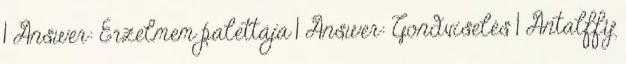
1 Answer: Érzelmem palettája 1 Answer: Gondviselés 1 Antalffy